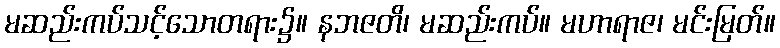
မဆည်းကပ်သင့်သောတရား၌။ နဘဇတိ၊ မဆည်းကပ်။ မဟာရာဇ၊ မင်းမြတ်။